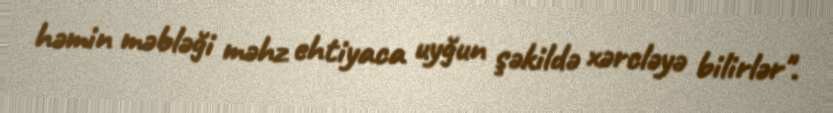
həmin məbləği məhz ehtiyaca uyğun şəkildə xərcləyə bilirlər".